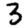
Digit: 3